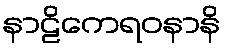
နာဠိကေရဝနာနိ